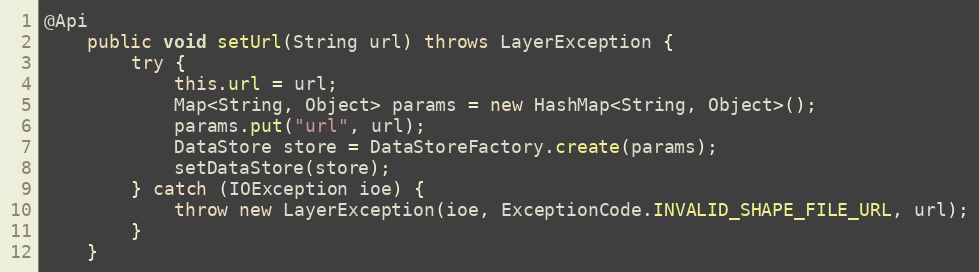
Language: Java
@Api
	public void setUrl(String url) throws LayerException {
		try {
			this.url = url;
			Map<String, Object> params = new HashMap<String, Object>();
			params.put("url", url);
			DataStore store = DataStoreFactory.create(params);
			setDataStore(store);
		} catch (IOException ioe) {
			throw new LayerException(ioe, ExceptionCode.INVALID_SHAPE_FILE_URL, url);
		}
	}